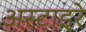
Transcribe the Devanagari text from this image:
अस्टाइरे